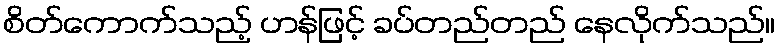
စိတ်ကောက်သည့် ဟန်ဖြင့် ခပ်တည်တည် နေလိုက်သည်။